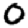
Digit: 0